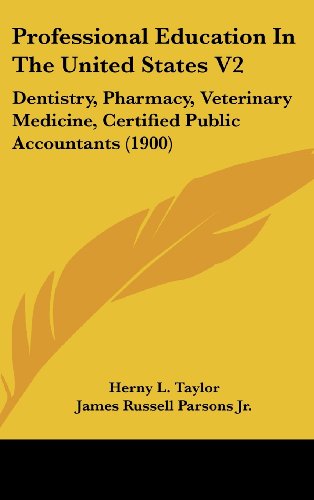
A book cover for Professional Education In The United States V2: Dentistry, Pharmacy, Veterinary Medicine, Certified Public Accountants (1900); Herny L. Taylor; Medical Books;